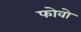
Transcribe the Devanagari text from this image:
फोवो